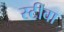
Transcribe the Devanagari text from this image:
स्टीवा